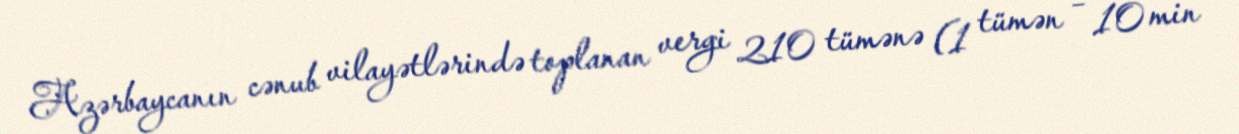
Azərbaycanın cənub vilayətlərində toplanan vergi 210 tümənə (1 tümən – 10 min